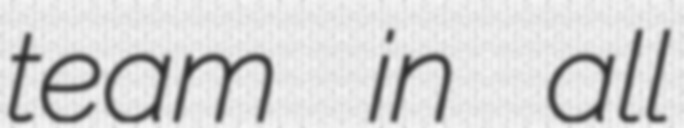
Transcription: team in all